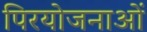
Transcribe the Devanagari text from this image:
पिरयोजनाओं